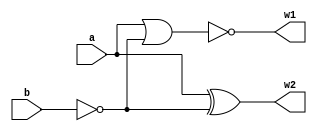
`timescale 1ns/1ns
module BLOCK (input a,b,output w2,w1);
	wire w;
	nor #(8,18) nor1(w1,a,w);
	not #(7,9) not1(w,b);
	xor #(15,25) xor1(w2,a,w);
endmodule
module Q4_Circuit (input [7:0] a,output [7:0] w);
	wire wi[7:0];
	supply1 Vdd;
	BLOCK B1(a[0],Vdd,w[0],wi[0]);
	BLOCK B2(a[1], wi[0], w[1], wi[1]);
	BLOCK B3(a[2], wi[1], w[2], wi[2]);
	BLOCK B4(a[3], wi[2], w[3], wi[3]);
	BLOCK B5(a[4], wi[3], w[4], wi[4]);
	BLOCK B6(a[5], wi[4], w[5], wi[5]);
	BLOCK B7(a[6], wi[5], w[6], wi[6]);
	BLOCK B8(a[7], wi[6], w[7], wi[7]);
endmodule